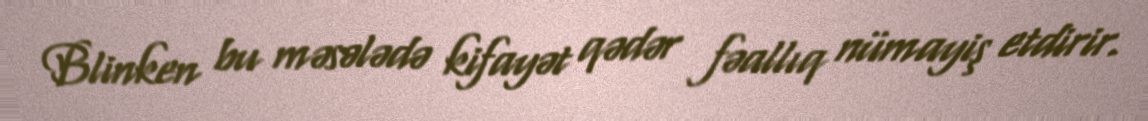
Blinken bu məsələdə kifayət qədər fəallıq nümayiş etdirir.